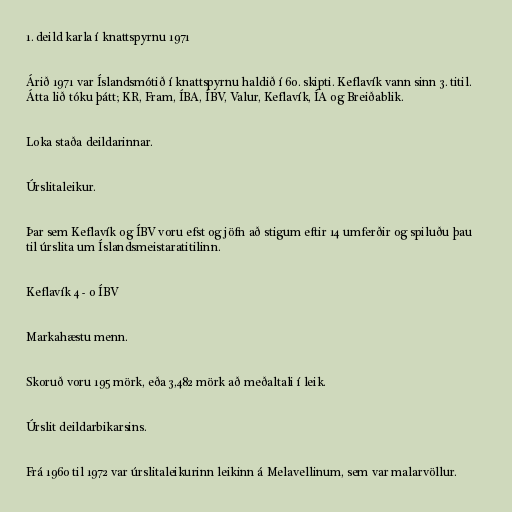
1. deild karla í knattspyrnu 1971

Árið 1971 var Íslandsmótið í knattspyrnu haldið í 60. skipti. Keflavík vann sinn 3. titil.
Átta lið tóku þátt; KR, Fram, ÍBA, ÍBV, Valur, Keflavík, ÍA og Breiðablik.

Loka staða deildarinnar.

Úrslitaleikur.

Þar sem Keflavík og ÍBV voru efst og jöfn að stigum eftir 14 umferðir og spiluðu þau
til úrslita um Íslandsmeistaratitilinn.

Keflavík 4 - 0 ÍBV

Markahæstu menn.

Skoruð voru 195 mörk, eða 3,482 mörk að meðaltali í leik.

Úrslit deildarbikarsins.

Frá 1960 til 1972 var úrslitaleikurinn leikinn á Melavellinum, sem var malarvöllur.